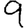
Digit: 9